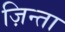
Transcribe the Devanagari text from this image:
ज़िन्ता